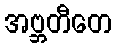
အဗ္ဘတီတေ